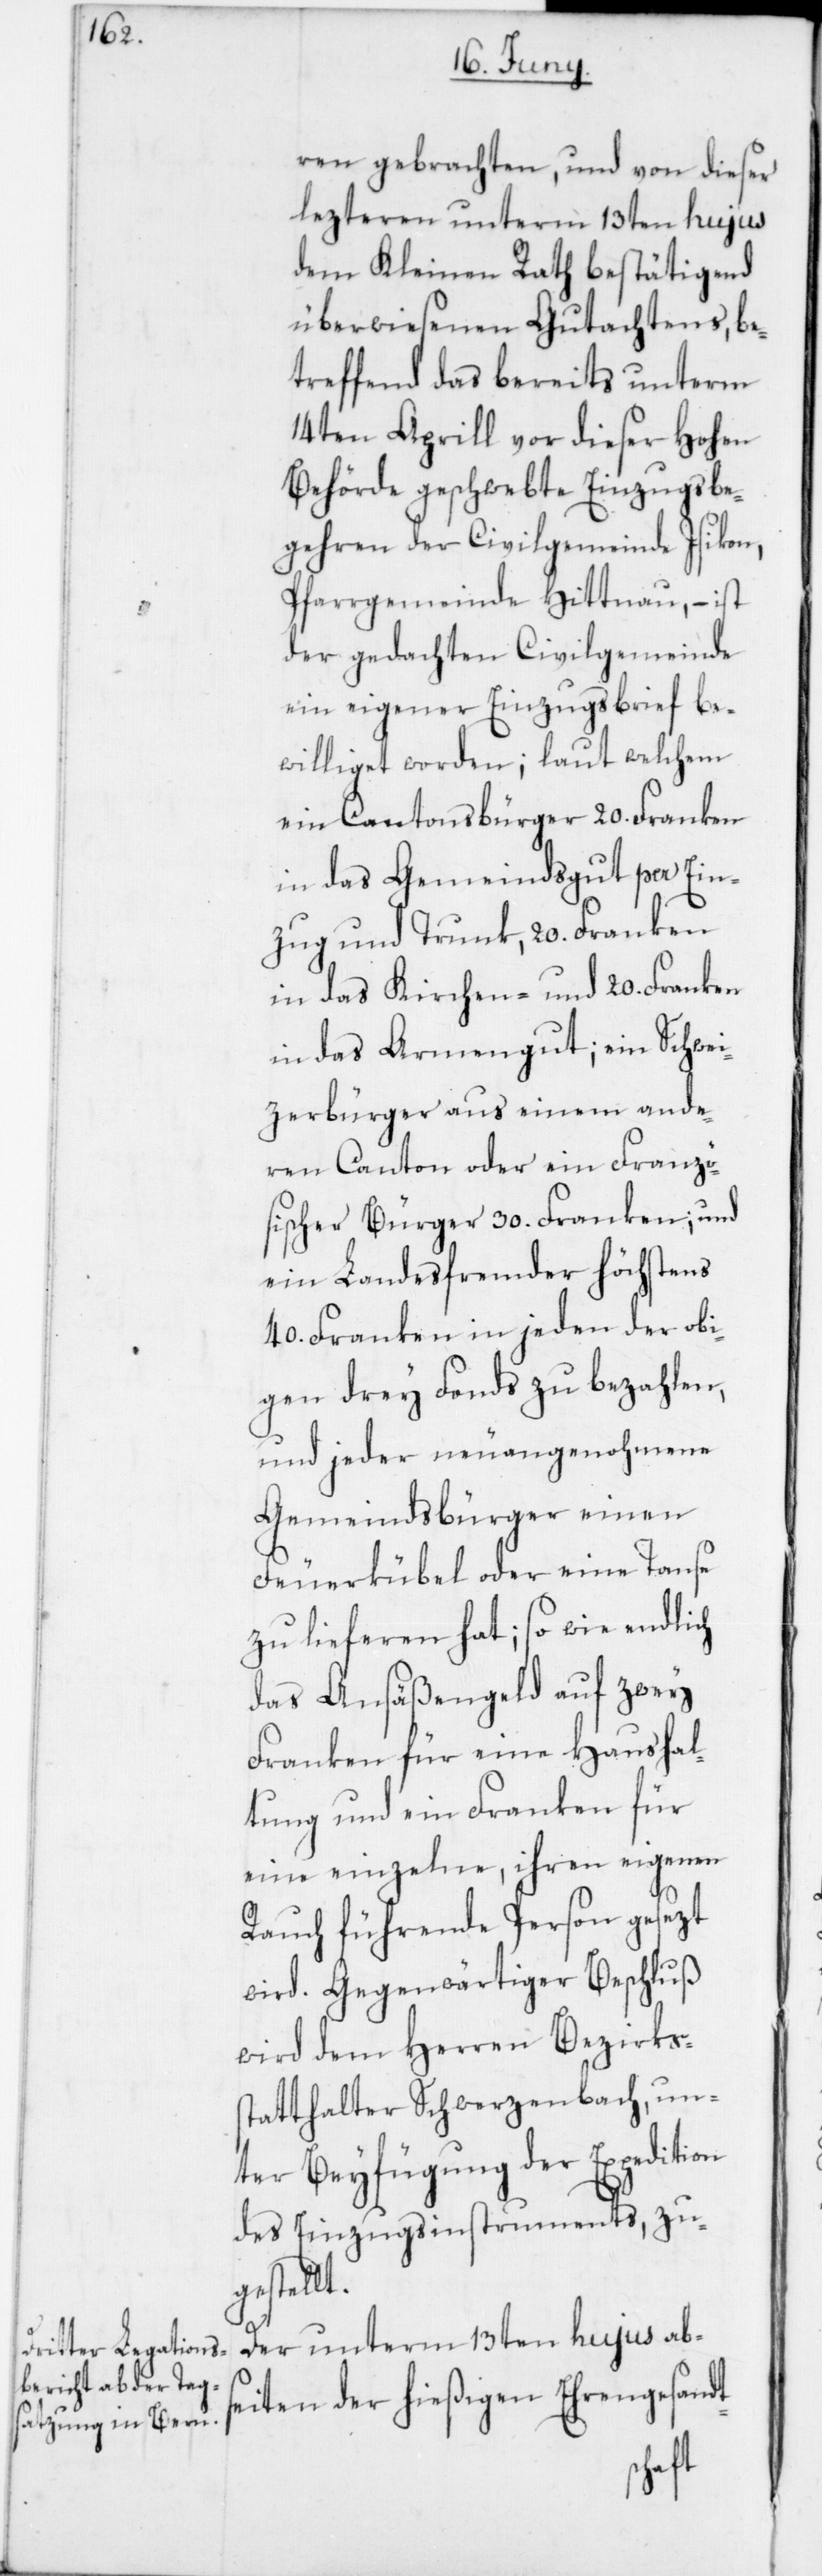
ren gebrachten, und von dieser
lezteren unterm 13ten hujus
dem Kleinen Rath bestätigend
überwiesenen Gutachtens, be¬
treffend das bereits unterm
14ten Aprill vor dieser Hohen
Behörde geschwebte Einzugsbe¬
gehren der Civilgemeinde Isikon,
Pfarrgemeinde Hittnau, – ist
der gedachten Civilgemeinde
ein eigener Einzugsbrief be¬
williget worden; laut welchem
ein Cantonsbürger 20. Franken
in das Gemeindsgut per Ein¬
zug und Trunk, 20. Franken
in das Kirchen- und 20. Franken
in das Armengut; ein Schwei¬
zerbürger aus einem ande¬
ren Canton oder ein Franzö¬
sischer Bürger 30. Franken und
ein Landesfremder höchstens
40. Franken in jeden der obi¬
gen drey Fonds zu bezahlen,
und jeder neuangenohmene
Gemeindsbürger einen
Feuerkübel oder eine Tause
zu lieferen hat; so wie endlich
das Ansäßengeld auf zwey
Franken für eine Haushal¬
tung und ein Franken für
eine einzelne, ihren eigenen
Rauch führende Person gesezt
wird. Gegenwärtiger Beschluß
wird dem Herren Bezirks¬
statthalter Schwerzenbach, un¬
ter Beyfügung der Expedition
des Einzugsinstruments, zu¬
gestellt.
Der unterm 13ten hujus abs¬
eiten der hießigen Ehrengesandt-